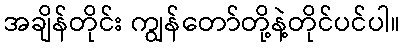
အချိန်တိုင်း ကျွန်တော်တို့နဲ့တိုင်ပင်ပါ။